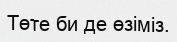
Төте би де өзіміз.